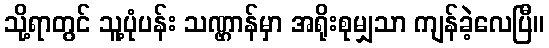
သို့ရာတွင် သူ့ပုံပန်း သဏ္ဌာန်မှာ အရိုးစုမျှသာ ကျန်ခဲ့လေပြီ။